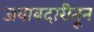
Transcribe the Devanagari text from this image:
जवाबदारीतून